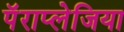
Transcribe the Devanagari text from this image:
पॅराप्लेजिया